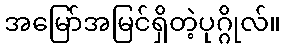
အမြော်အမြင်ရှိတဲ့ပုဂ္ဂိုလ်။